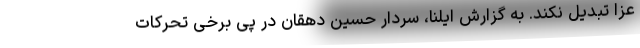
عزا تبدیل نکند. به گزارش ایلنا، سردار حسین دهقان در پی‌ برخی تحرکات